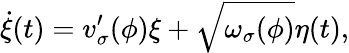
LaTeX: \dot{\xi}(t)=v_{\sigma}^{\prime}(\phi)\xi+\sqrt{\omega_{\sigma}(\phi)}\eta(t),